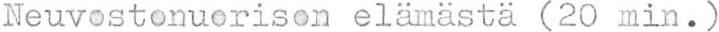
Neuvostonuorison elämästä (20 min.)